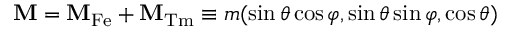
\mathbf { M } = \mathbf { M } _ { \mathrm { F e } } + \mathbf { M } _ { \mathrm { T m } } \equiv m ( \sin \theta \cos \varphi , \sin \theta \sin \varphi , \cos \theta )